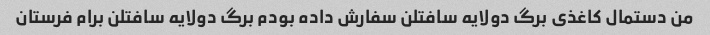
من دستمال کاغذی برگ دولایه سافتلن سفارش داده بودم برگ دولایه سافتلن برام فرستان